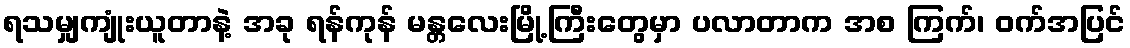
ရသမျှကျုံးယူတာနဲ့ အခု ရန်ကုန် မန္တလေးမြို့ကြီးတွေမှာ ပလာတာက အစ ကြက်၊ ဝက်အပြင်